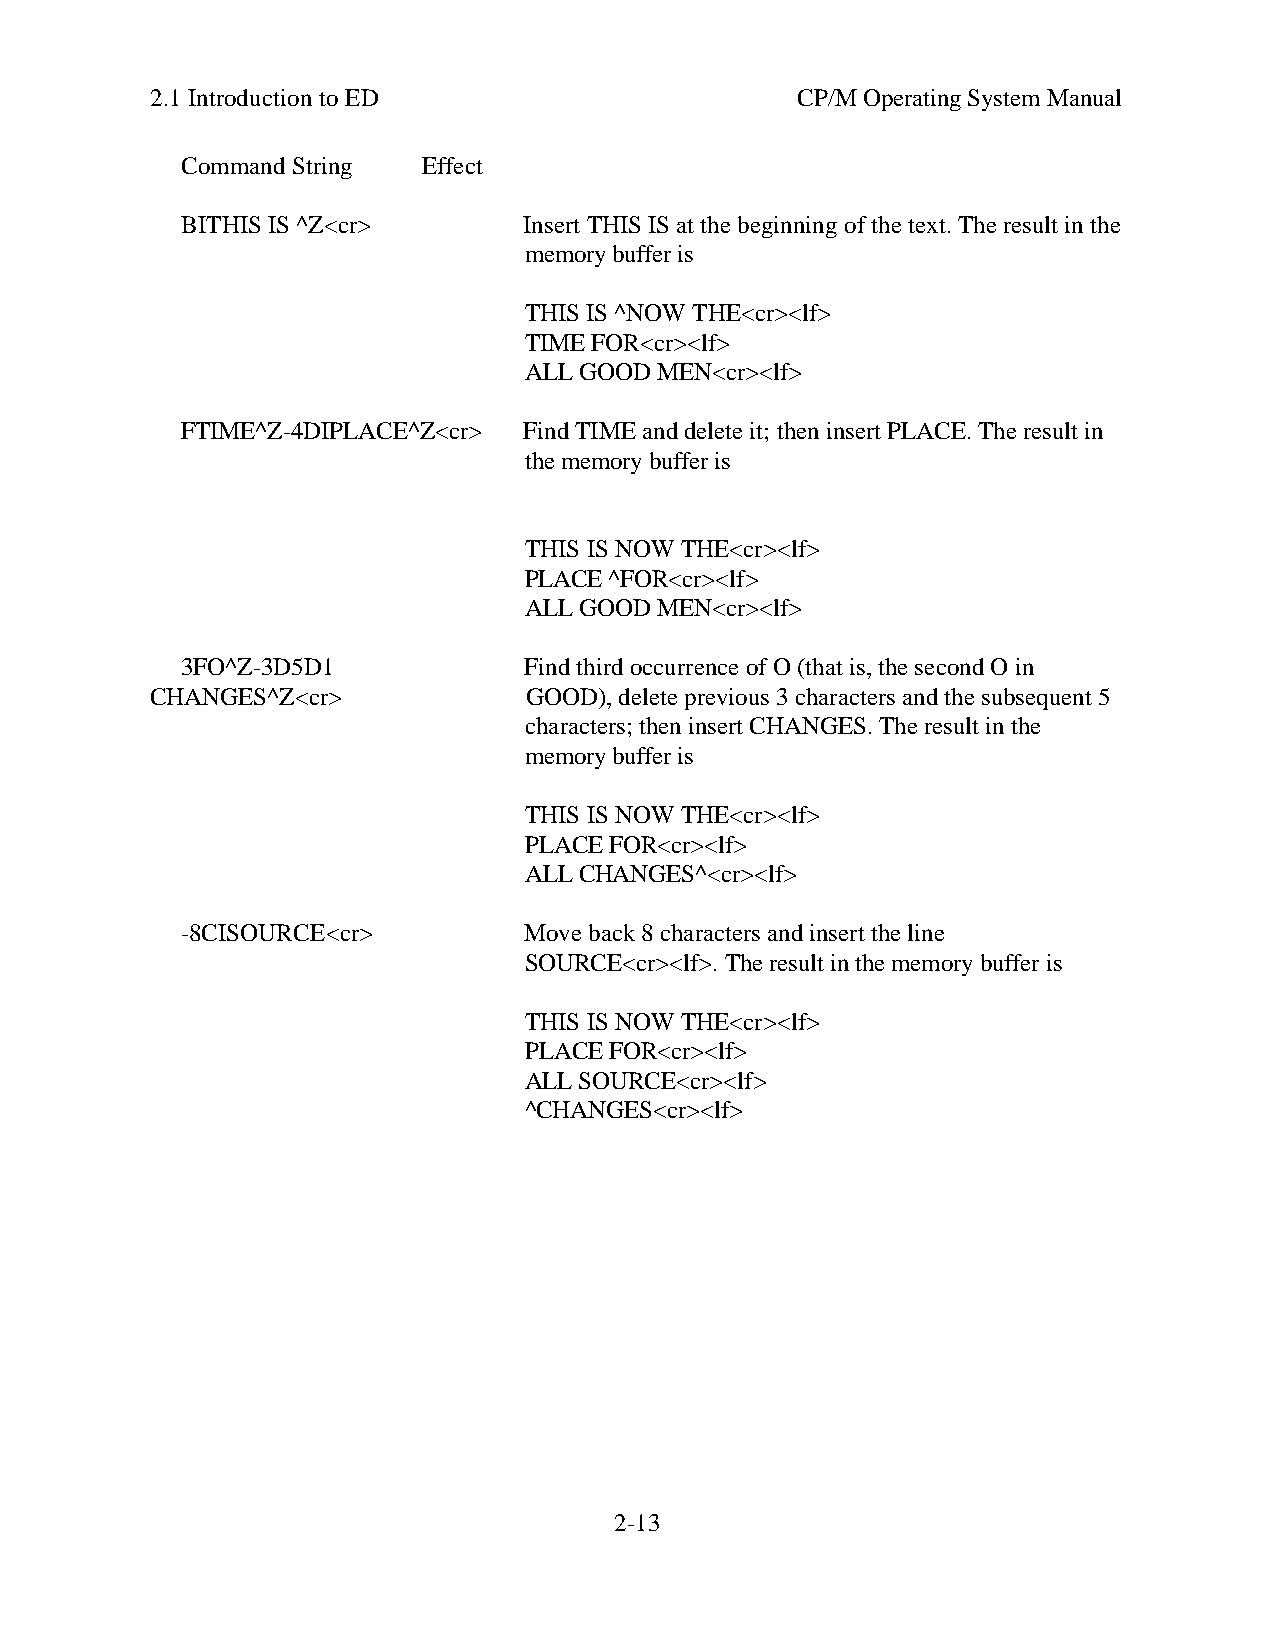
2.1 Introduction to ED                     CP/M Operating System Manual
 Command String  Effect
 BITHIS IS ^Z<cr>       Insert THIS IS at the beginning of the text. The result in the
 memory buffer is
 THIS IS ^NOW THE<cr><lf>
 TIME FOR<cr><lf>
 ALL GOOD MEN<cr><lf>
 FTIME^Z-4DIPLACE^Z<cr> Find TIME and delete it; then insert PLACE. The result in
 the memory buffer is
 THIS IS NOW THE<cr><lf>
 PLACE ^FOR<cr><lf>
 ALL GOOD MEN<cr><lf>
 3FO^Z-3D5D1            Find third occurrence of O (that is, the second O in
 CHANGES^Z<cr>            GOOD), delete previous 3 characters and the subsequent 5
 characters; then insert CHANGES. The result in the
 memory buffer is
 THIS IS NOW THE<cr><lf>
 PLACE FOR<cr><lf>
 ALL CHANGES^<cr><lf>
 -8CISOURCE<cr>         Move back 8 characters and insert the line
 SOURCE<cr><lf>. The result in the memory buffer is
 THIS IS NOW THE<cr><lf>
 PLACE FOR<cr><lf>
 ALL SOURCE<cr><lf>
 ^CHANGES<cr><lf>
 2-13